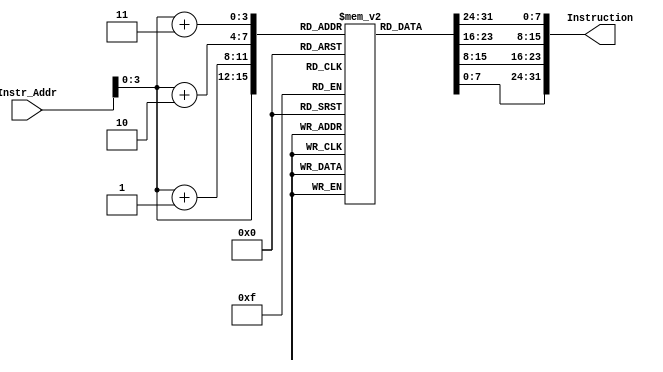
module Instruction_Memory
(
  input [63:0]Instr_Addr,
  output reg [31:0]Instruction
);

reg [7:0]regs[15:0];

initial
begin
regs[14] = 8'b10010101;
regs[13] = 8'b00111000;
regs[12] = 8'b00100011;
regs[11] = 8'b00000000;
regs[10] = 8'b00010100;
regs[9] = 8'b10000100;
regs[8] = 8'b10010011;
regs[7] = 8'b00000000;
regs[6] = 8'b10011010;
regs[5] = 8'b10000100;
regs[4] = 8'b10110011;
regs[3] = 8'b00001111;
regs[2] = 8'b00000101;
regs[1] = 8'b00110100;
regs[0] = 8'b10000011;
regs[15] = 8'b00001110;
end

always @ (Instr_Addr)
begin
  Instruction = {regs[Instr_Addr + 2'b11], regs[Instr_Addr + 2'b10], regs[Instr_Addr + 1'b1], regs[Instr_Addr]};
end

endmodule